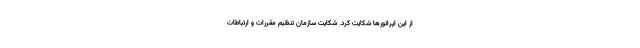
از این اپراتورها شکایت کرد. شکایت سازمان تنظیم مقررات و ارتباطات